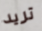
تريد